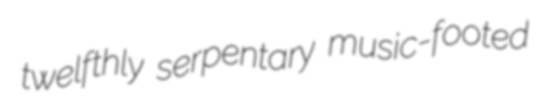
twelfthly serpentary music-footed